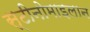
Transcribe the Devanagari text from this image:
स्टीनोमाइलान